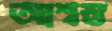
আশ্বস্ত